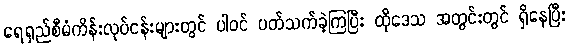
ရေရှည်စီမံကိန်းလုပ်ငန်းများတွင် ပါဝင် ပတ်သက်ခဲ့ကြပြီး ထိုဒေသ အတွင်းတွင် ရှိနေပြီး